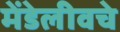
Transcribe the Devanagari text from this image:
मेंडेलीवचे